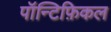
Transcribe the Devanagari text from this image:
पॉन्टिफ़िकल